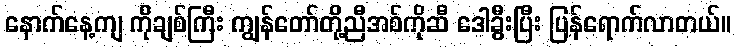
နောက်နေ့ကျ ကိုချစ်ကြီး ကျွန်တော်တို့ညီအစ်ကိုဆီ ဒေါခွီးပြီး ပြန်ရောက်လာတယ်။